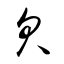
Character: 欠